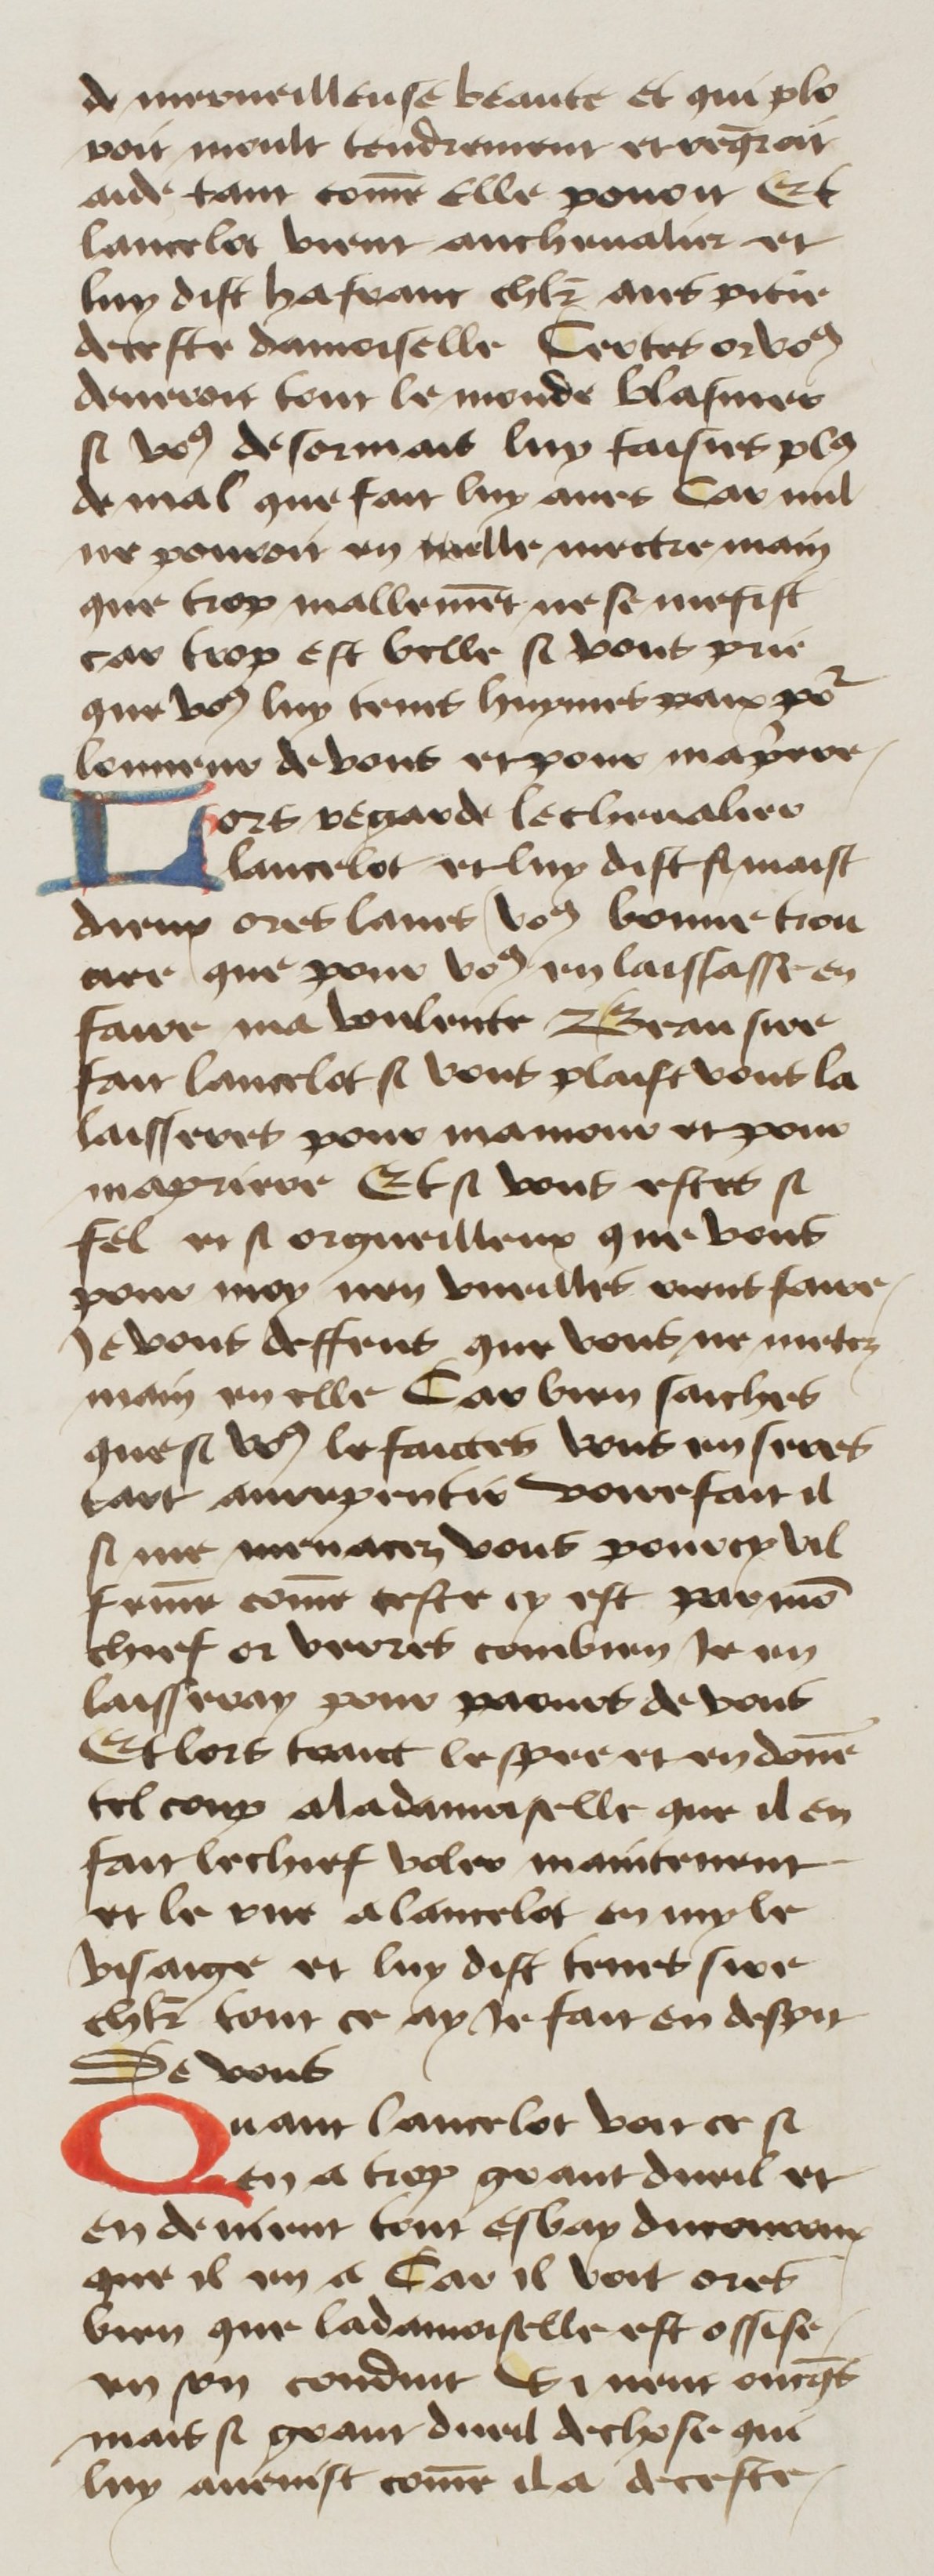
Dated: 1400–1499